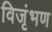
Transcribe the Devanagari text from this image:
विजृंभण